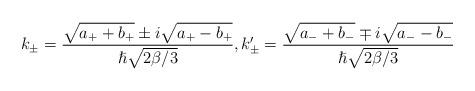
LaTeX: \begin{align*}k_{\pm}=\frac{\sqrt{a_{+}+b_{+}}\pm i\sqrt{a_{+}-b_{+}}}{\hslash \sqrt{2\beta /3}} , k'_{\pm}=\frac{\sqrt{a_{-}+b_{-}}\mp i\sqrt{a_{-}-b_{-}}}{\hslash \sqrt{2\beta /3}}\end{align*}